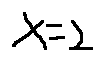
x = 2